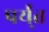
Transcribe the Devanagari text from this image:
पर्य्ंत